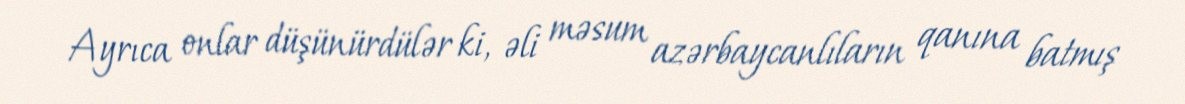
Ayrıca onlar düşünürdülər ki, əli məsum azərbaycanlıların qanına batmış